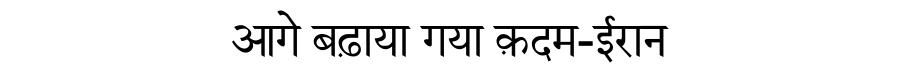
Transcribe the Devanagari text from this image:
आगे बढ़ाया गया क़दम-ईरान